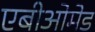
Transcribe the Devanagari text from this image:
एबीओमेड